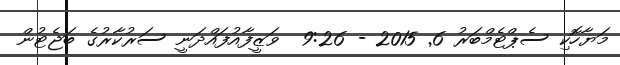
މަޔާހޮކި ސެޕްޓެމްބަރު 6